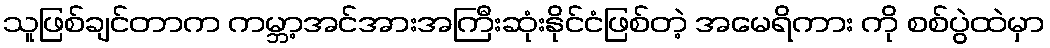
သူဖြစ်ချင်တာက ကမ္ဘာ့အင်အားအကြီးဆုံးနိုင်ငံဖြစ်တဲ့ အမေရိကား ကို စစ်ပွဲထဲမှာ